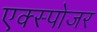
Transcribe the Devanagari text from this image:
एक्‍स्पोजर